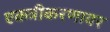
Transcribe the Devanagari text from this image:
एकत्रीकरणावर